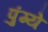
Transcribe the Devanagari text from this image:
पुंग्ये